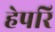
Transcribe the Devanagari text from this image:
हेपरि